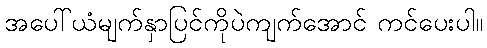
အပေါ်ယံမျက်နှာပြင်ကိုပဲကျက်အောင် ကင်ပေးပါ။